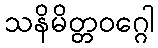
သနိမိတ္တဝဂ္ဂေါ